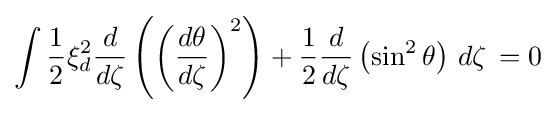
\int {\frac {1}{2}}\xi _{d}^{2}{\frac {d}{d\zeta }}\left(\left({\frac {d\theta }{d\zeta }}\right)^{2}\right)+{\frac {1}{2}}{\frac {d}{d\zeta }}\left(\sin ^{2}{\theta }\right)\,d\zeta \,=0